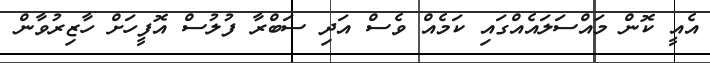
އެއީ ކޮން މައްސަލައެއްގައި ކަމެއް ވެސް އަދި ސަބްރާ ފުލުސް އޮފީހަށް ހާޒިރުވާން